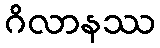
ဂိလာနဿ